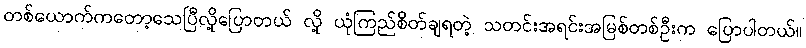
တစ်ယောက်ကတော့သေပြီလို့ပြောတယ် လို့ ယုံကြည်စိတ်ချရတဲ့ သတင်းအရင်းအမြစ်တစ်ဦးက ပြောပါတယ်။